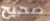
صحيح